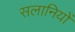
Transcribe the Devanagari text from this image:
सलानियों